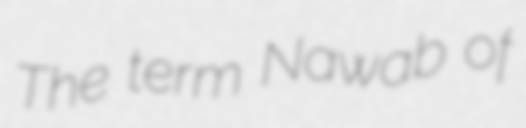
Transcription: The term Nawab of